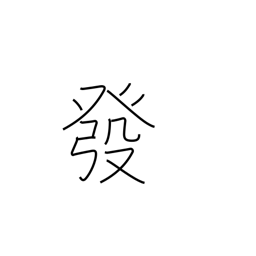
Meaning: publish